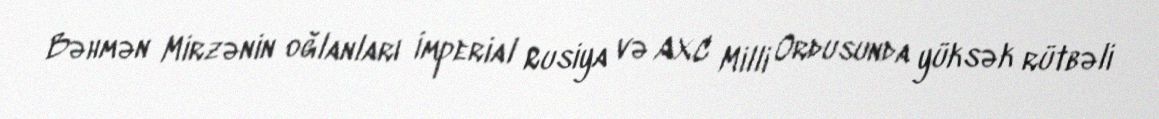
Bəhmən Mirzənin oğlanları İmperial Rusiya və AXC Milli Ordusunda yüksək rütbəli